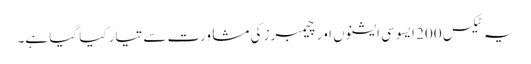
یہ ٹیکس 200 ایسوسی ایشنوں اور چیمبرز کی مشاورت سے تیار کیا گیا ہے۔